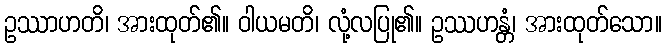
ဥဿာဟတိ၊ အားထုတ်၏။ ဝါယမတိ၊ လုံ့လပြု၏။ ဥဿဟန္တံ၊ အားထုတ်သော။